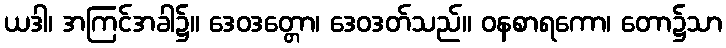
ယဒါ၊ အကြင်အခါ၌။ ဒေဝဒတ္တော၊ ဒေဝဒတ်သည်။ ဝနစာရကော၊ တော၌သာ